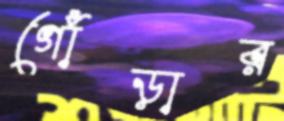
গোঁড়ার